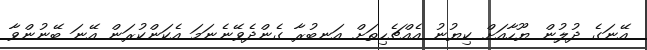
އޭނަގެ ދުލުން ޔޫހާއަށް ކިޔުނު އެއްޗެހިތަށް އަނބުރާ ގެންދެވޭނެނަމަ އެކަންކުރަން އޭނަ ބޭނުންވާ